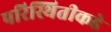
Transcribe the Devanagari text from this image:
परिस्थितीकडे